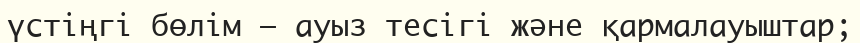
үстіңгі бөлім – ауыз тесігі және қармалауыштар;